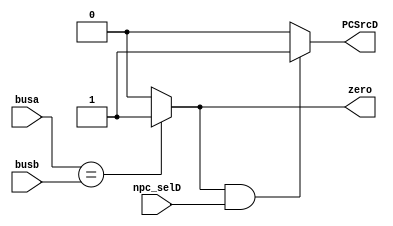
module comparator(busa,busb,npc_selD,PCSrcD,zero);
  input[31:0]busa,busb;
  input npc_selD;
  output PCSrcD,zero;
  
  assign zero=(busa==busb)?1:0;
  assign PCSrcD=((zero)&&npc_selD)?1:0;//branch condition(pass back to mux in IF)
  
endmodule